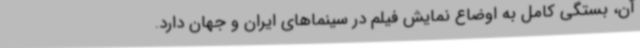
آن، بستگی کامل به اوضاع نمایش فیلم در سینماهای ایران و جهان دارد.